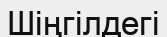
Шіңгілдегі